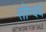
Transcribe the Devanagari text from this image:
सॊन्दर्य